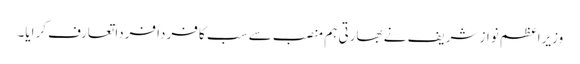
وزیراعظم نواز شریف نے بھارتی ہم منصب سے سب کا فرداً فرداً تعارف کرایا۔